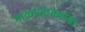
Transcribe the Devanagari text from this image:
माळगांवकरांचा